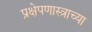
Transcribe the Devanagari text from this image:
प्रक्षेपणास्त्राच्या